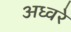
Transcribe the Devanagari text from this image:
अध्वरे